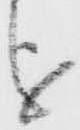
を